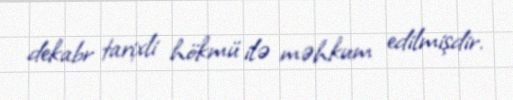
dekabr tarixli hökmü ilə məhkum edilmişdir.